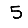
Digit: 5